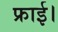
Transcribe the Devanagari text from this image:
फ्राई।